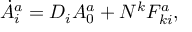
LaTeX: \dot { A } _ { i } ^ { a } = D _ { i } A _ { 0 } ^ { a } + N ^ { k } F _ { k i } ^ { a } ,